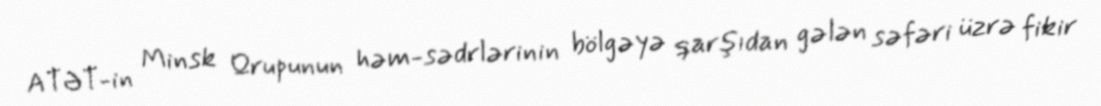
ATƏT-in Minsk Qrupunun həm-sədrlərinin bölgəyə qarşıdan gələn səfəri üzrə fikir